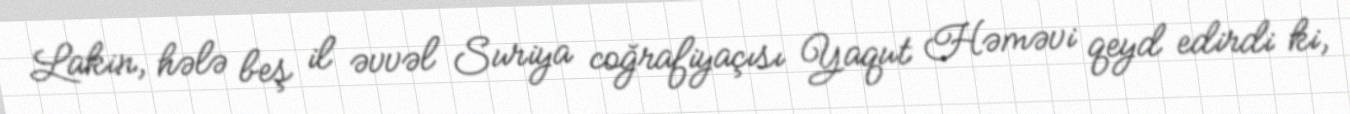
Lakin, hələ beş il əvvəl Suriya coğrafiyaçısı Yaqut Həməvi qeyd edirdi ki,